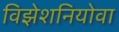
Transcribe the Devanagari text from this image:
विझेशनियोवा